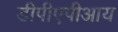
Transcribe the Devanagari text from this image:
डीपीएपीआय